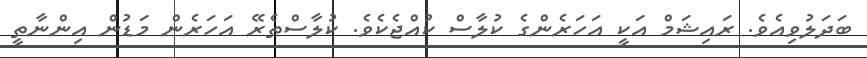
ބަދަލުވިއެވެ. ރައިޝަމް އަކީ އަހަރެންގެ ކުލާސް ކުއްޖެކެވެ. ކުލާސްތެރޭ އަހަރެން މަޑުން އިންނާތީ